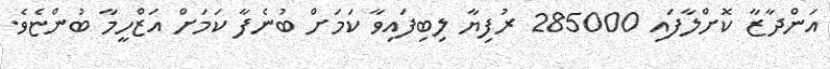
އަންދާޒާ ކޮށްލާފައި 285000 ރުފިޔާ ލިބިފައިވާ ކަމަށް ބުނެފާ ކަމަށް އަޒްހީމާ ބުންޏެވެ.